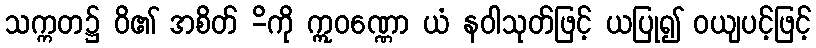
သက္ကတ၌ ဝိ၏ အစိတ် -ိကို ဣဝဏ္ဏော ယံ နဝါသုတ်ဖြင့် ယပြု၍ ဝယျပင့်ဖြင့်